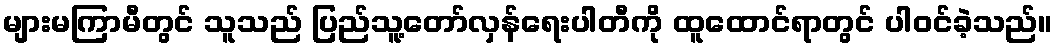
များမကြာမီတွင် သူသည် ပြည်သူ့တော်လှန်ရေးပါတီကို ထူထောင်ရာတွင် ပါဝင်ခဲ့သည်။